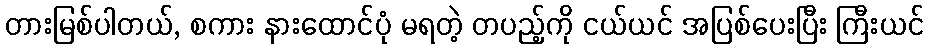
တားမြစ်ပါတယ်, စကား နားထောင်ပုံ မရတဲ့ တပည့်ကို ငယ်ယင် အပြစ်ပေးပြီး ကြီးယင်